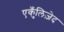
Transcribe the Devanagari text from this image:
एकुँलिज़ेद